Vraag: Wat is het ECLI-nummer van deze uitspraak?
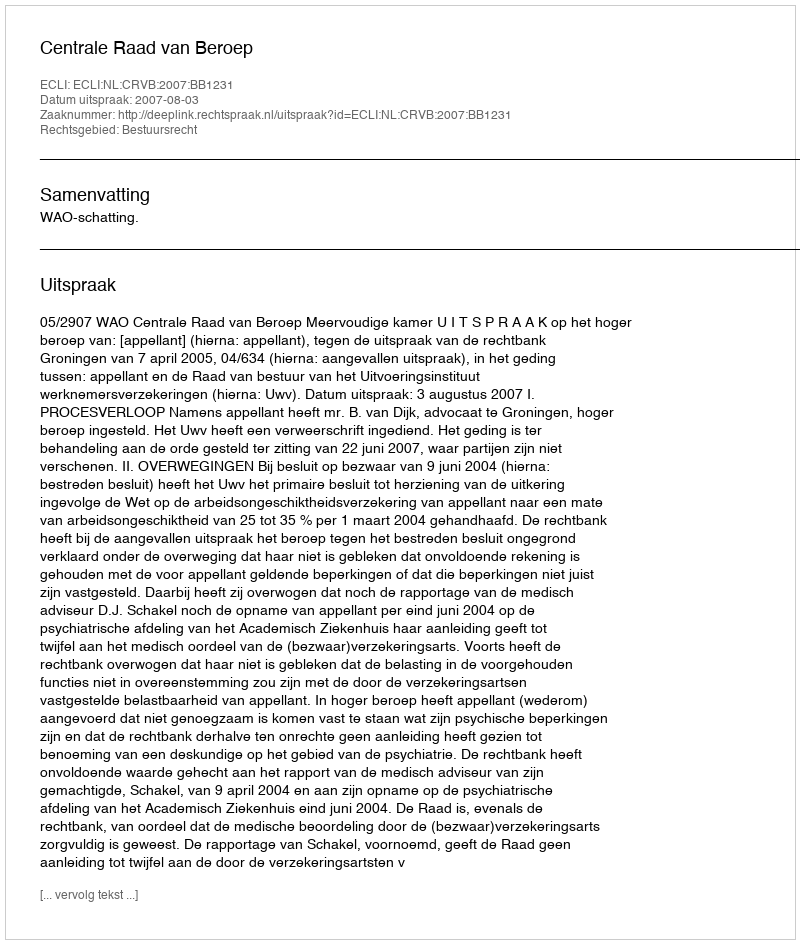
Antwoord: ECLI:NL:CRVB:2007:BB1231